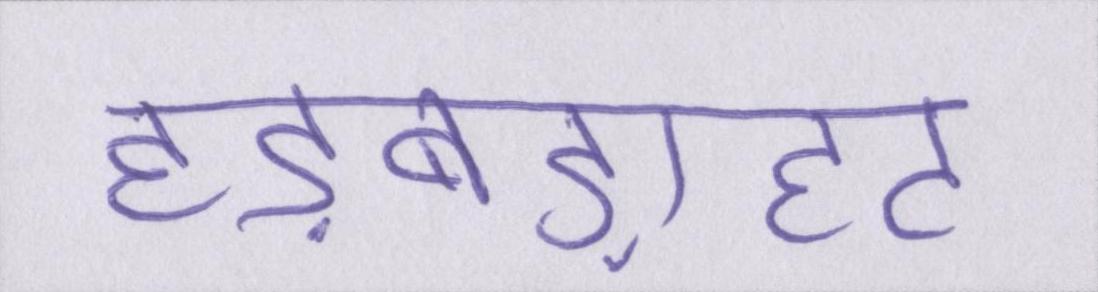
हड़बड़ाहट